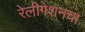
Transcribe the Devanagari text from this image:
रेलीगेशनचा